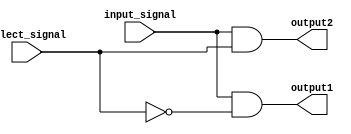
module demultiplexer(
    input wire input_signal,
    input wire select_signal,
    output wire output1,
    output wire output2
);

assign output1 = input_signal & ~select_signal;
assign output2 = input_signal & select_signal;

endmodule